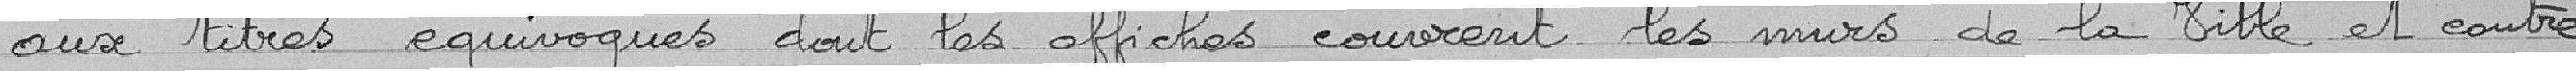
aux titres équivoques dont les affiches couvrent les murs de la ville et contre